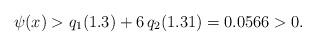
LaTeX: \begin{align*}\psi(x)> q_1(1.3) +6 \, q_2(1.31) = 0.0566 > 0.\end{align*}